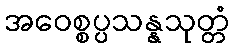
အဝေစ္စပ္ပသန္နသုတ္တံ